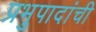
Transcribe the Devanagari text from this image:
प्रभुपादांची